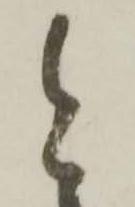
令